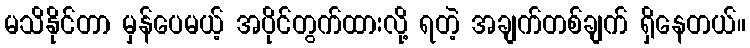
မသိနိုင်တာ မှန်ပေမယ့် အပိုင်တွက်ထားလို့ ရတဲ့ အချက်တစ်ချက် ရှိနေတယ်။